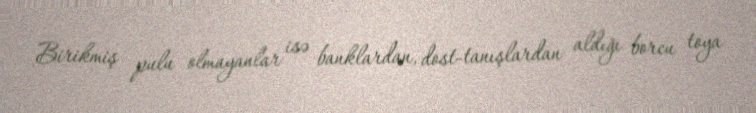
Birikmiş pulu olmayanlar isə banklardan, dost-tanışlardan aldığı borcu toya